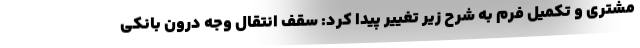
مشتری و تکمیل فرم به شرح زیر تغییر پیدا کرد: سقف انتقال وجه درون بانکی